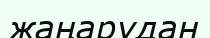
жаңарудан